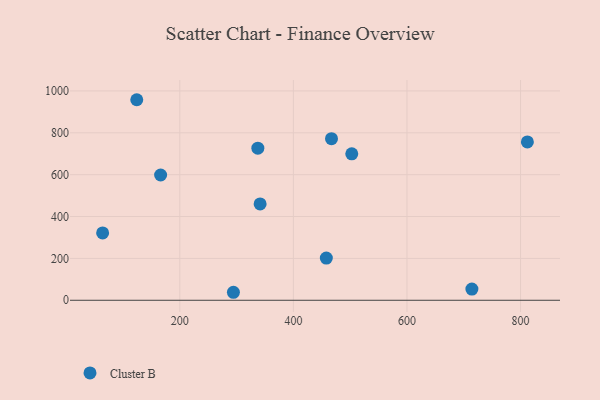
{"axis": {"x": "Experience", "y": "Rating"}, "legend": ["Cluster B"], "data": [{"x": "458.0", "y": 201.5, "type": "Cluster B"}, {"x": "714.3", "y": 53.7, "type": "Cluster B"}, {"x": "812.0", "y": 756.6, "type": "Cluster B"}, {"x": "502.8", "y": 699.6, "type": "Cluster B"}, {"x": "124.2", "y": 958.0, "type": "Cluster B"}, {"x": "166.2", "y": 598.5, "type": "Cluster B"}, {"x": "337.4", "y": 726.7, "type": "Cluster B"}, {"x": "341.4", "y": 460.2, "type": "Cluster B"}, {"x": "294.4", "y": 38.2, "type": "Cluster B"}, {"x": "64.1", "y": 321.7, "type": "Cluster B"}, {"x": "467.1", "y": 771.8, "type": "Cluster B"}]}